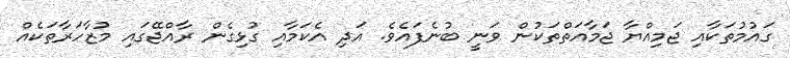
ގައުމުތަކާއި ޖަމިއްޔާ ޖަމާއަތްތަކުން ވަނީ ބުނެފައެވެ. އަދި އެކަމާއި ގުޅިގެން ރާއްޖޭގައި މުޒާހަރާތަކެއް